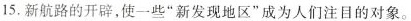
15.新航路的开辟，使一些”新发现地区”成为人们注目的对象。